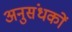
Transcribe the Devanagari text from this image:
अनुसंधकों